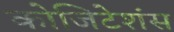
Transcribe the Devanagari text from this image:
कोजिटेशंस